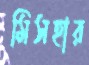
মিসহার